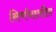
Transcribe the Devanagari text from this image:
निर्णयातील